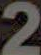
2